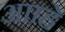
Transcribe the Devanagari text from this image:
आाहे